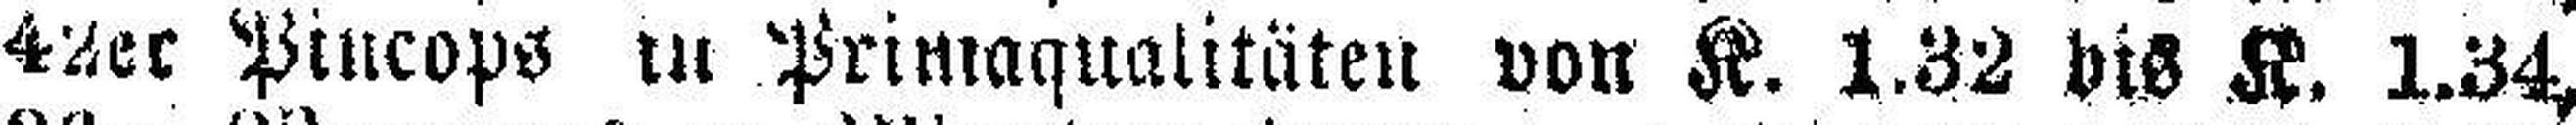
42er Pincops in Primaqualitäten von K. 1.32 bis K. 1.34,